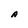
Character: A